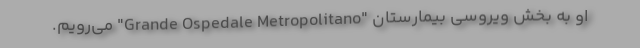
او به بخش ویروسی بیمارستان "Grande Ospedale Metropolitano" می‌رویم.